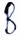
Text: B